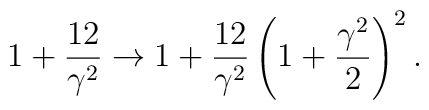
1+\frac{12}{\gamma^2} \to1+\frac{12}{\gamma^2}\left(1+\frac{\gamma^2}{2}\right)^2.